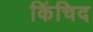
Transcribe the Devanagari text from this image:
किंचिद